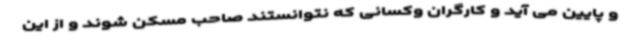
و پایین می آید و کارگران وکسانی که نتوانستند صاحب مسکن شوند و از این